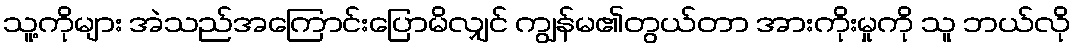
သူ့ကိုများ အဲသည်အကြောင်းပြောမိလျှင် ကျွန်မ၏တွယ်တာ အားကိုးမှုကို သူ ဘယ်လို